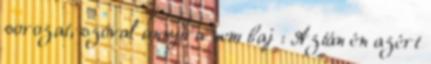
sorozat, szóval annyira nem baj : Aztán én azért